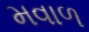
મવાળ